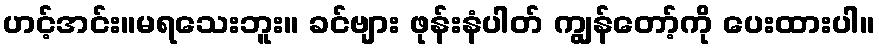
ဟင့်အင်း။မရသေးဘူး။ ခင်ဗျား ဖုန်းနံပါတ် ကျွန်တော့်ကို ပေးထားပါ။